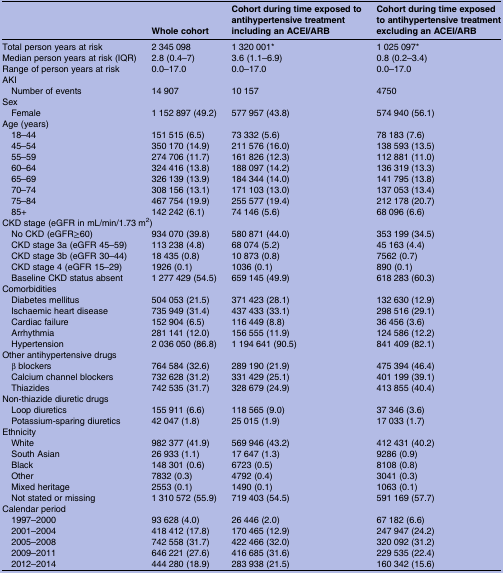
<table><thead><tr><td></td><td><b>Whole cohort</b></td><td><b>Cohort during time exposed to antihypertensive treatment including an ACEI/ARB</b></td><td><b>Cohort during time exposed to antihypertensive treatment excluding an ACEI/ARB</b></td></tr></thead><tbody><tr><td>Total person years at risk</td><td>2 345 098</td><td>1 320 001*</td><td>1 025 097*</td></tr><tr><td>Median person years at risk (IQR)</td><td>2.8 (0.4–7)</td><td>3.6 (1.1–6.9)</td><td>0.8 (0.2–3.4)</td></tr><tr><td>Range of person years at risk</td><td>0.0–17.0</td><td>0.0–17.0</td><td>0.0–17.0</td></tr><tr><td colspan="4">AKI</td></tr><tr><td> Number of events</td><td>14 907</td><td>10 157</td><td>4750</td></tr><tr><td colspan="4">Sex</td></tr><tr><td> Female</td><td>1 152 897 (49.2)</td><td>577 957 (43.8)</td><td>574 940 (56.1)</td></tr><tr><td colspan="4">Age (years)</td></tr><tr><td> 18–44</td><td>151 515 (6.5)</td><td>73 332 (5.6)</td><td>78 183 (7.6)</td></tr><tr><td> 45–54</td><td>350 170 (14.9)</td><td>211 576 (16.0)</td><td>138 593 (13.5)</td></tr><tr><td> 55–59</td><td>274 706 (11.7)</td><td>161 826 (12.3)</td><td>112 881 (11.0)</td></tr><tr><td> 60–64</td><td>324 416 (13.8)</td><td>188 097 (14.2)</td><td>136 319 (13.3)</td></tr><tr><td> 65–69</td><td>326 139 (13.9)</td><td>184 344 (14.0)</td><td>141 795 (13.8)</td></tr><tr><td> 70–74</td><td>308 156 (13.1)</td><td>171 103 (13.0)</td><td>137 053 (13.4)</td></tr><tr><td> 75–84</td><td>467 754 (19.9)</td><td>255 577 (19.4)</td><td>212 178 (20.7)</td></tr><tr><td> 85+</td><td>142 242 (6.1)</td><td>74 146 (5.6)</td><td>68 096 (6.6)</td></tr><tr><td colspan="4">CKD stage (eGFR in mL/min/1.73 m<sup>2</sup>)</td></tr><tr><td> No CKD (eGFR≥60)</td><td>934 070 (39.8)</td><td>580 871 (44.0)</td><td>353 199 (34.5)</td></tr><tr><td> CKD stage 3a (eGFR 45–59)</td><td>113 238 (4.8)</td><td>68 074 (5.2)</td><td>45 163 (4.4)</td></tr><tr><td> CKD stage 3b (eGFR 30–44)</td><td>18 435 (0.8)</td><td>10 873 (0.8)</td><td>7562 (0.7)</td></tr><tr><td> CKD stage 4 (eGFR 15–29)</td><td>1926 (0.1)</td><td>1036 (0.1)</td><td>890 (0.1)</td></tr><tr><td> Baseline CKD status absent</td><td>1 277 429 (54.5)</td><td>659 145 (49.9)</td><td>618 283 (60.3)</td></tr><tr><td colspan="4">Comorbidities</td></tr><tr><td> Diabetes mellitus</td><td>504 053 (21.5)</td><td>371 423 (28.1)</td><td>132 630 (12.9)</td></tr><tr><td> Ischaemic heart disease</td><td>735 949 (31.4)</td><td>437 433 (33.1)</td><td>298 516 (29.1)</td></tr><tr><td> Cardiac failure</td><td>152 904 (6.5)</td><td>116 449 (8.8)</td><td>36 456 (3.6)</td></tr><tr><td> Arrhythmia</td><td>281 141 (12.0)</td><td>156 555 (11.9)</td><td>124 586 (12.2)</td></tr><tr><td> Hypertension</td><td>2 036 050 (86.8)</td><td>1 194 641 (90.5)</td><td>841 409 (82.1)</td></tr><tr><td colspan="4">Other antihypertensive drugs</td></tr><tr><td> β blockers</td><td>764 584 (32.6)</td><td>289 190 (21.9)</td><td>475 394 (46.4)</td></tr><tr><td> Calcium channel blockers</td><td>732 628 (31.2)</td><td>331 429 (25.1)</td><td>401 199 (39.1)</td></tr><tr><td> Thiazides</td><td>742 535 (31.7)</td><td>328 679 (24.9)</td><td>413 855 (40.4)</td></tr><tr><td colspan="4">Non-thiazide diuretic drugs</td></tr><tr><td> Loop diuretics</td><td>155 911 (6.6)</td><td>118 565 (9.0)</td><td>37 346 (3.6)</td></tr><tr><td> Potassium-sparing diuretics</td><td>42 047 (1.8)</td><td>25 015 (1.9)</td><td>17 033 (1.7)</td></tr><tr><td colspan="4">Ethnicity</td></tr><tr><td> White</td><td>982 377 (41.9)</td><td>569 946 (43.2)</td><td>412 431 (40.2)</td></tr><tr><td> South Asian</td><td>26 933 (1.1)</td><td>17 647 (1.3)</td><td>9286 (0.9)</td></tr><tr><td> Black</td><td>148 301 (0.6)</td><td>6723 (0.5)</td><td>8108 (0.8)</td></tr><tr><td> Other</td><td>7832 (0.3)</td><td>4792 (0.4)</td><td>3041 (0.3)</td></tr><tr><td> Mixed heritage</td><td>2553 (0.1)</td><td>1490 (0.1)</td><td>1063 (0.1)</td></tr><tr><td> Not stated or missing</td><td>1 310 572 (55.9)</td><td>719 403 (54.5)</td><td>591 169 (57.7)</td></tr><tr><td colspan="4">Calendar period</td></tr><tr><td> 1997–2000</td><td>93 628 (4.0)</td><td>26 446 (2.0)</td><td>67 182 (6.6)</td></tr><tr><td> 2001–2004</td><td>418 412 (17.8)</td><td>170 465 (12.9)</td><td>247 947 (24.2)</td></tr><tr><td> 2005–2008</td><td>742 558 (31.7)</td><td>422 466 (32.0)</td><td>320 092 (31.2)</td></tr><tr><td> 2009–2011</td><td>646 221 (27.6)</td><td>416 685 (31.6)</td><td>229 535 (22.4)</td></tr><tr><td> 2012–2014</td><td>444 280 (18.9)</td><td>283 938 (21.5)</td><td>160 342 (15.6)</td></tr></tbody></table>